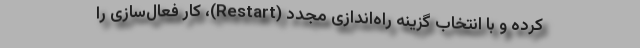
کرده و با انتخاب گزینه راه‌اندازی مجدد (Restart)، کار فعال‌سازی را